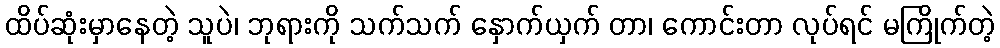
ထိပ်ဆုံးမှာနေတဲ့ သူပဲ၊ ဘုရားကို သက်သက် နှောက်ယှက် တာ၊ ကောင်းတာ လုပ်ရင် မကြိုက်တဲ့